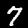
Label: 7